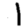
Digit: 1